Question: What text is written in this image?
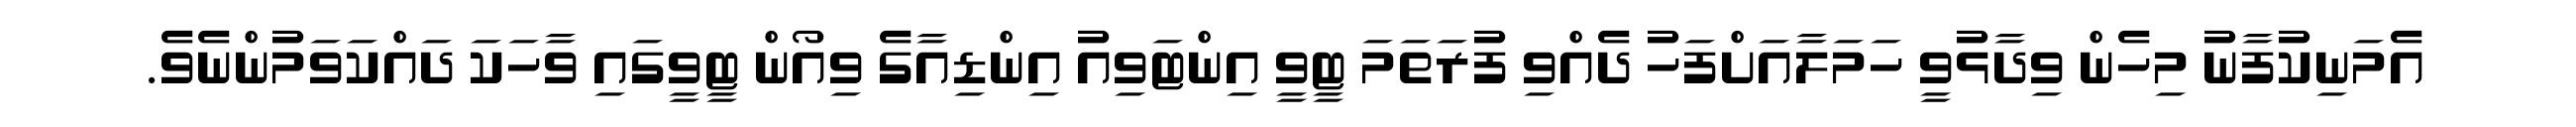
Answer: އެމަނިކުފާނު މިހެން ވިދާޅުވީ ހަމަލާއަށްފަހު ދެއްވި ފުރަތަމަ ޓީވީ އިންޓަވިއު އިންޑިއާގެ ވިއޯން ޓީވީގައި ވާހަކަ ދައްކަވަމުންނެވެ.